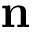
\mathbf { n }